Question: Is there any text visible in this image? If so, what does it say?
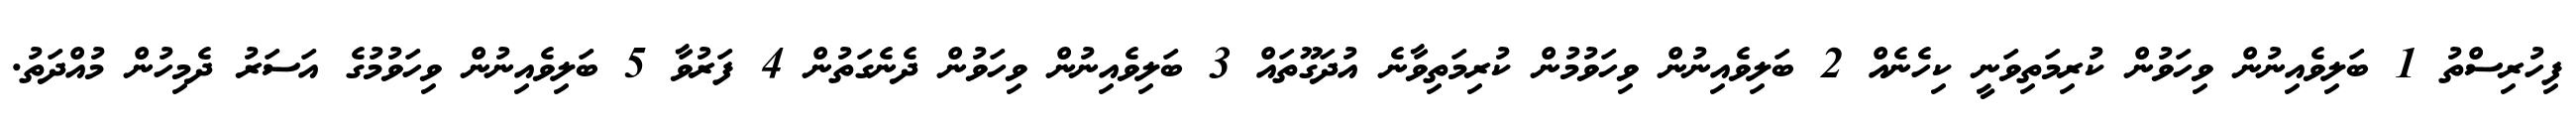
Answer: ފިހުރިސްތު 1 ބަލިވެއިނުން ވިހަވުން ކުރިމަތިވަނީ ކިހެނެއް 2 ބަލިވެއިނުން ވިހަވުމުން ކުރިމަތިވާނެ އުދަގޫތައް 3 ބަލިވެއިނުން ވިހަވުން ދެނެގަތުން 4 ފަރުވާ 5 ބަލިވެއިނުން ވިހަވުމުގެ އަސަރު ދެމިހުން މުއްދަތު.